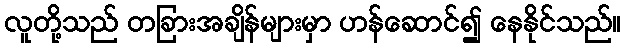
လူတို့သည် တခြားအချိန်များမှာ ဟန်ဆောင်၍ နေနိုင်သည်။